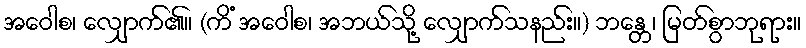
အဝေါစ၊ လျှောက်၏။ (ကိံ အဝေါစ၊ အဘယ်သို့ လျှောက်သနည်း။) ဘန္တေ၊ မြတ်စွာဘုရား။